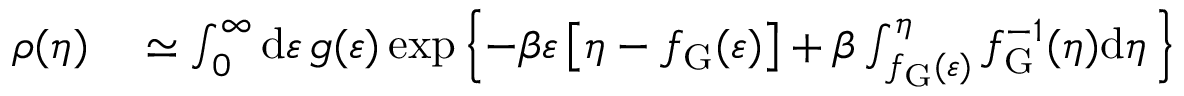
\begin{array} { r l } { \rho ( \eta ) } & { { } \simeq \int _ { 0 } ^ { \infty } \mathrm { d } \varepsilon \, g ( \varepsilon ) \exp \left\lbrace - \beta \varepsilon \left[ \eta - f _ { \mathrm { G } } ( \varepsilon ) \right] + \beta \int _ { f _ { \mathrm { G } } ( \varepsilon ) } ^ { \eta } f _ { \mathrm { G } } ^ { - 1 } ( \eta ) \mathrm { d } \eta \, \right\rbrace } \end{array}